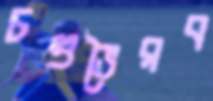
চণ্ডভৈরব